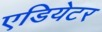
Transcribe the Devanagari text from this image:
एडियेटर